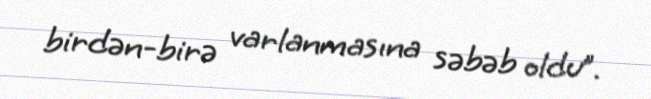
birdən-birə varlanmasına səbəb oldu”.